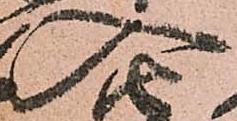
入